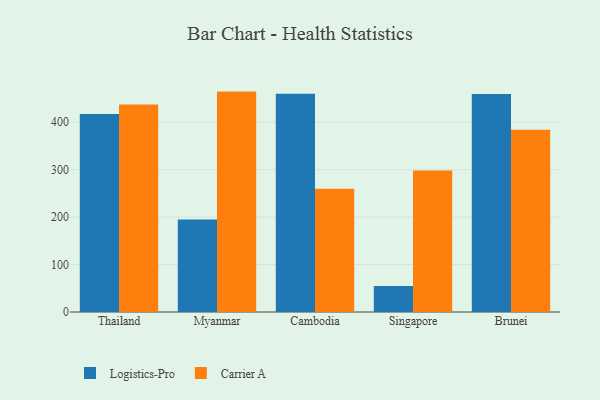
{"axis": {"x": "Country", "y": "Latency (ms)"}, "legend": ["Carrier A", "Logistics-Pro"], "data": [{"x": "Thailand", "y": 417.1, "type": "Logistics-Pro"}, {"x": "Thailand", "y": 437.3, "type": "Carrier A"}, {"x": "Myanmar", "y": 195.0, "type": "Logistics-Pro"}, {"x": "Myanmar", "y": 464.4, "type": "Carrier A"}, {"x": "Cambodia", "y": 460.1, "type": "Logistics-Pro"}, {"x": "Cambodia", "y": 259.7, "type": "Carrier A"}, {"x": "Singapore", "y": 54.6, "type": "Logistics-Pro"}, {"x": "Singapore", "y": 298.4, "type": "Carrier A"}, {"x": "Brunei", "y": 459.3, "type": "Logistics-Pro"}, {"x": "Brunei", "y": 383.9, "type": "Carrier A"}]}